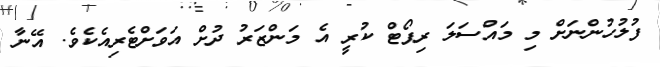
ފުލުހުންނަށް މި މައްސަލަ ރިޕޯޓް ކުރީ އެ މަންޒަރު ދުށް އަވަށްޓެރިއެކެވެ. އޭނާ